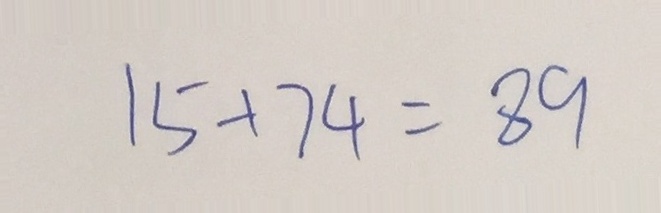
1 5 + 7 4 = 8 9